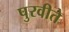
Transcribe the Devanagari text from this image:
पुरवीते